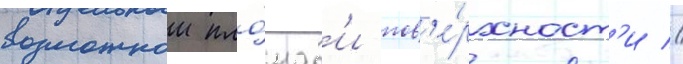
возможнои пло́щад'и пов'е́рхност'и //